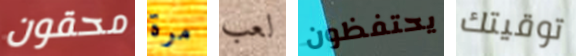
محقون مرة لعب يحتفظون توقيتك